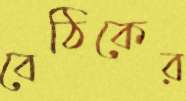
বেঠিকের